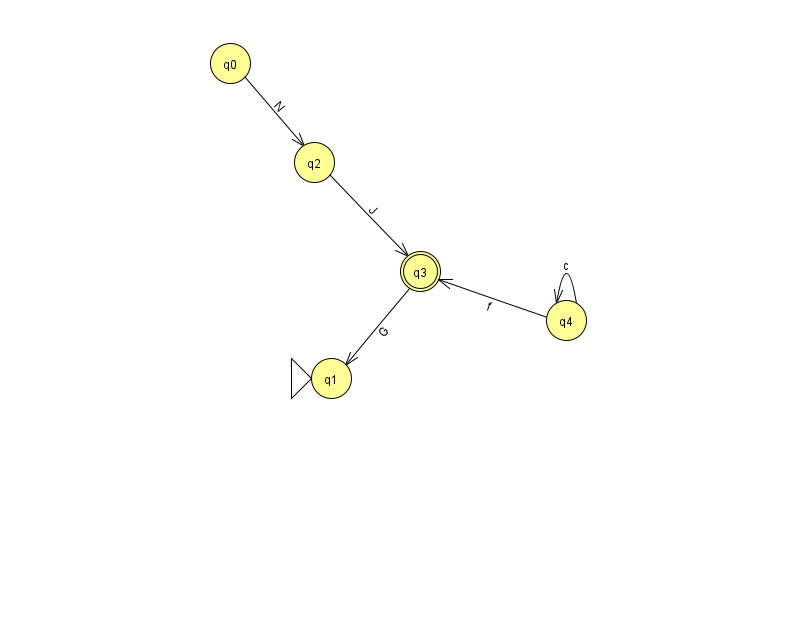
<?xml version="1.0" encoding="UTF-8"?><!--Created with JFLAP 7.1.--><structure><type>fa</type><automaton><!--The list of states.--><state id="0" name="q0"><x>230.0</x><y>50.0</y></state><state id="1" name="q1"><x>331.0</x><y>365.0</y><initial/></state><state id="2" name="q2"><x>314.0</x><y>149.0</y></state><state id="3" name="q3"><x>420.0</x><y>258.0</y><final/></state><state id="4" name="q4"><x>566.0</x><y>307.0</y></state><!--The list of transitions.--><transition><from>0</from><to>2</to><read>N</read></transition><transition><from>2</from><to>3</to><read>J</read></transition><transition><from>4</from><to>4</to><read>c</read></transition><transition><from>3</from><to>1</to><read>G</read></transition><transition><from>4</from><to>3</to><read>f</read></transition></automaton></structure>